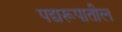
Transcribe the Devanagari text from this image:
पद्यरूपातील